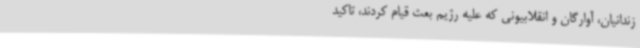
زندانیان، آوارگان و انقلابیونی که علیه رژیم بعث قیام کردند، تاکید